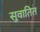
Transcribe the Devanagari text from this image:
सुवातित